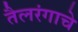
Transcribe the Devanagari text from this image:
तैलरंगाचे